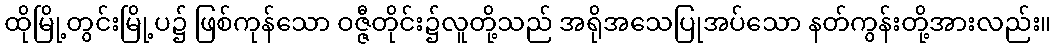
ထိုမြို့တွင်းမြို့ပ၌ ဖြစ်ကုန်သော ဝဇ္ဇီတိုင်း၌လူတို့သည် အရိုအသေပြုအပ်သော နတ်ကွန်းတို့အားလည်း။